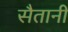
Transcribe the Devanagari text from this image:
सैतानी